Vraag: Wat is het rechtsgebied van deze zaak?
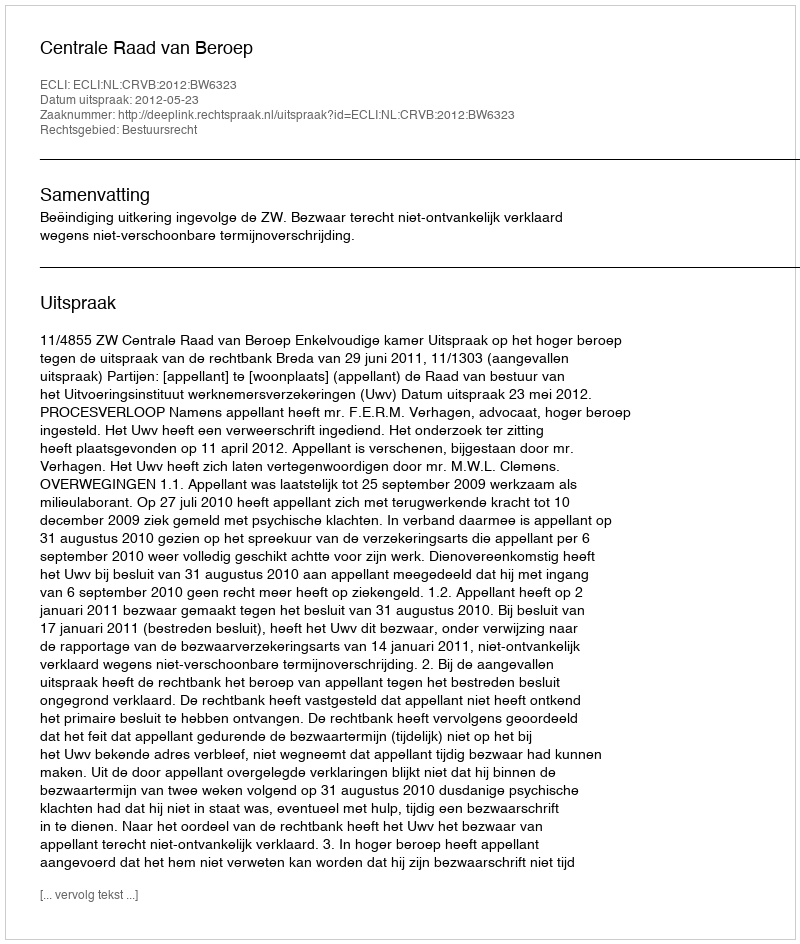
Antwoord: Bestuursrecht